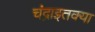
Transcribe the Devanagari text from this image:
चंद्राइतक्या